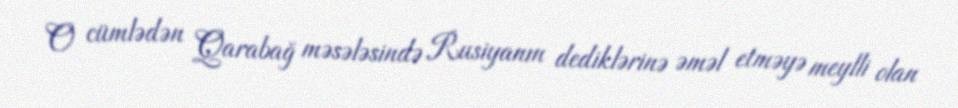
O cümlədən Qarabağ məsələsində Rusiyanın dediklərinə əməl etməyə meylli olan